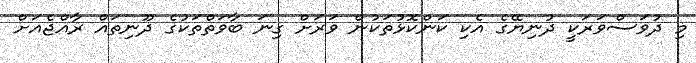
މި ދުވަސްވަރަކީ ދުނިޔޭގެ އެކި ކަންކޮޅުތަކުން ވަރަށް ގިނަ ބާވަތްތަކުގެ ދޫނިތައް ރާއްޖެއަށް